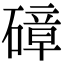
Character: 𥕞